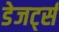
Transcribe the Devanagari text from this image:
डेजर्ट्स